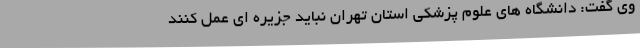
وی گفت: دانشگاه های علوم پزشکی استان تهران نباید جزیره ای عمل کنند